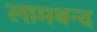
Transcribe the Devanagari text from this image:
लामबन्द